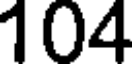
104